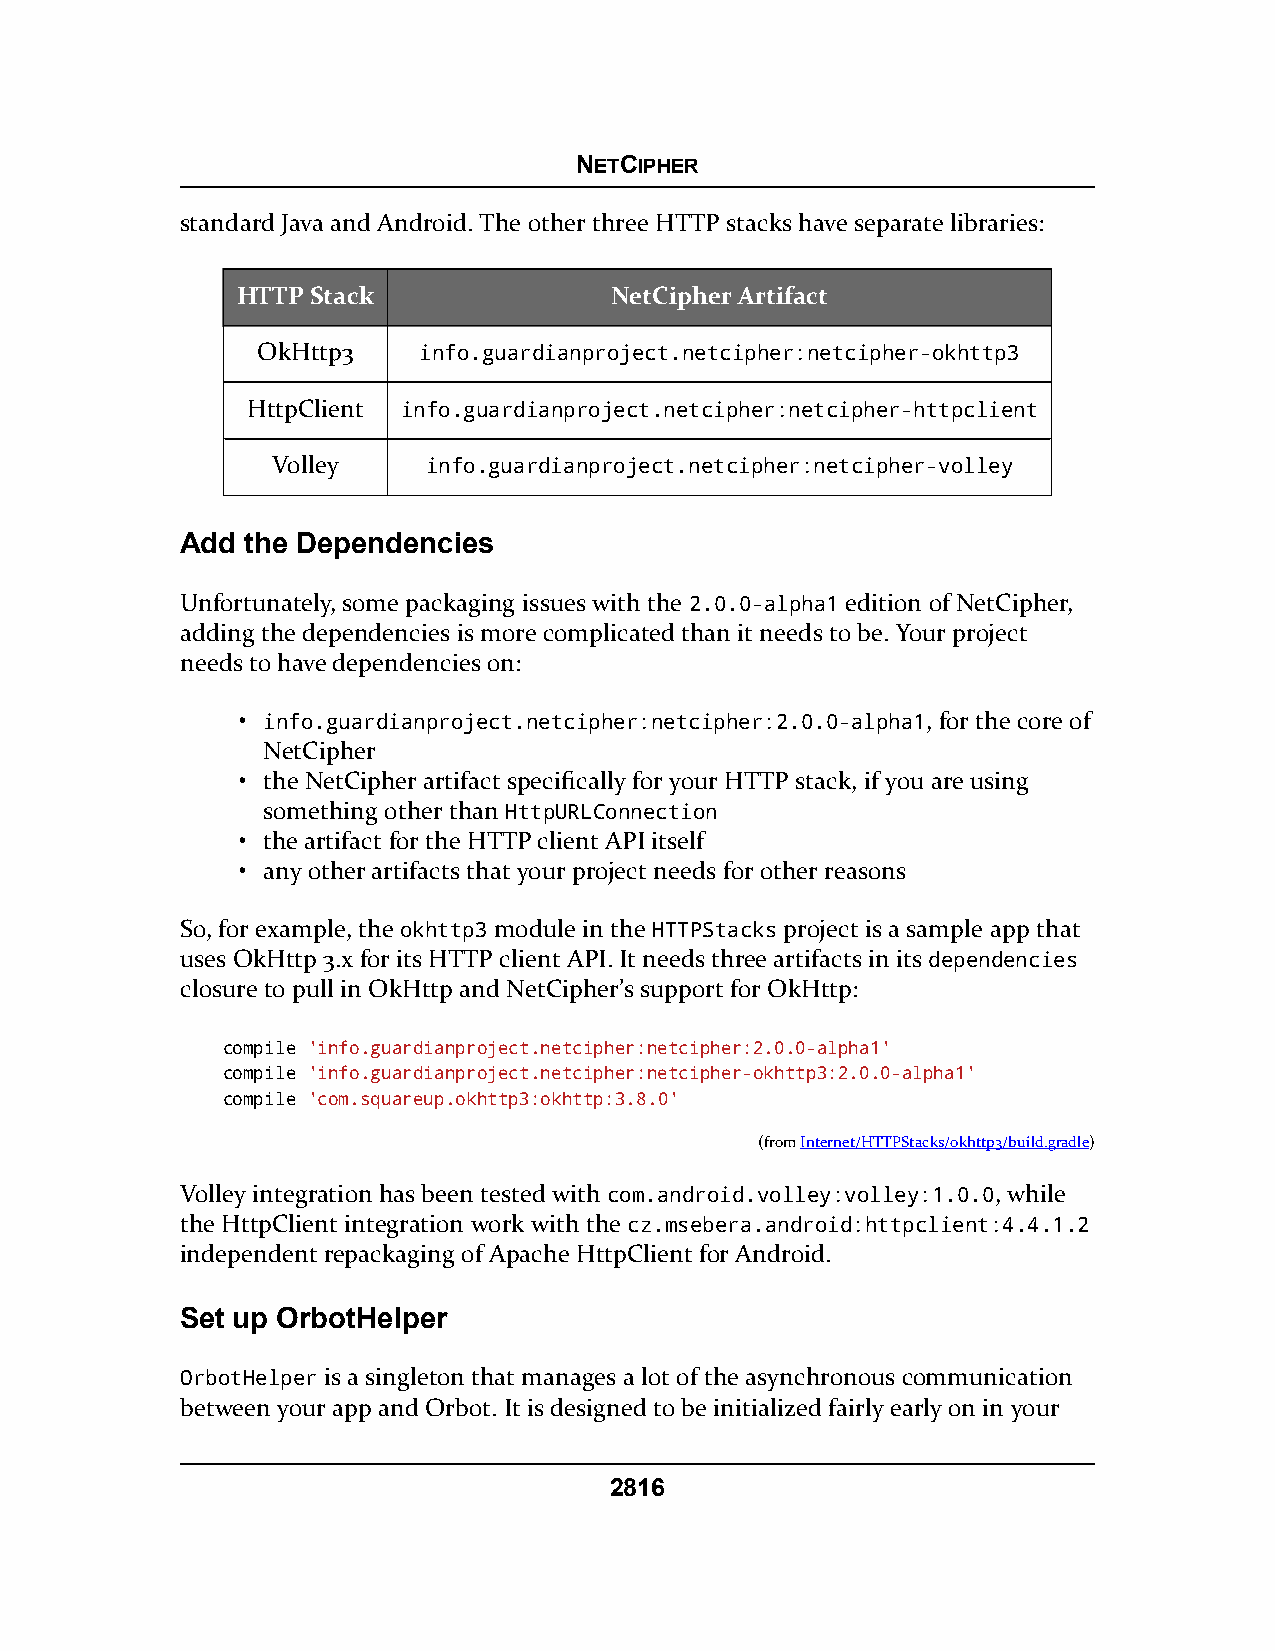
NETCIPHER
 standard Java and Android. The other three HTTP stacks have separate libraries:
 HTTP Stack              NetCipher Artifact
 OkHttp3    info.guardianproject.netcipher:netcipher-okhttp3
 HttpClient info.guardianproject.netcipher:netcipher-httpclient
 Volley    info.guardianproject.netcipher:netcipher-volley
 Add the Dependencies
 Unfortunately, some packaging issues with the 2.0.0-alpha1 edition of NetCipher,
 adding the dependencies is more complicated than it needs to be. Your project
 needs to have dependencies on:
 • info.guardianproject.netcipher:netcipher:2.0.0-alpha1, for the core of
 NetCipher
 • the NetCipher artifact specifically for your HTTP stack, if you are using
 something other than HttpURLConnection
 • the artifact for the HTTP client API itself
 • any other artifacts that your project needs for other reasons
 So, for example, the okhttp3 module in the HTTPStacks project is a sample app that
 uses OkHttp 3.x for its HTTP client API. It needs three artifacts in its dependencies
 closure to pull in OkHttp and NetCipher’s support for OkHttp:
 compile 'info.guardianproject.netcipher:netcipher:2.0.0-alpha1'
 compile 'info.guardianproject.netcipher:netcipher-okhttp3:2.0.0-alpha1'
 compile 'com.squareup.okhttp3:okhttp:3.8.0'
 (fromInternet/HTTPStacks/okhttp3/build.gradle)
 Volley integration has been tested with com.android.volley:volley:1.0.0, while
 the HttpClient integration work with the cz.msebera.android:httpclient:4.4.1.2
 independent repackaging of Apache HttpClient for Android.
 Set up OrbotHelper
 OrbotHelper is a singleton that manages a lot of the asynchronous communication
 between your app and Orbot. It is designed to be initialized fairly early on in your
 2816